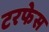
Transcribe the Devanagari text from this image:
टरफेस